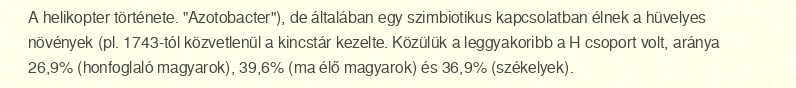
A helikopter története. "Azotobacter"), de általában egy szimbiotikus kapcsolatban élnek a hüvelyes növények (pl. 1743-tól közvetlenül a kincstár kezelte. Közülük a leggyakoribb a H csoport volt, aránya 26,9% (honfoglaló magyarok), 39,6% (ma élő magyarok) és 36,9% (székelyek).